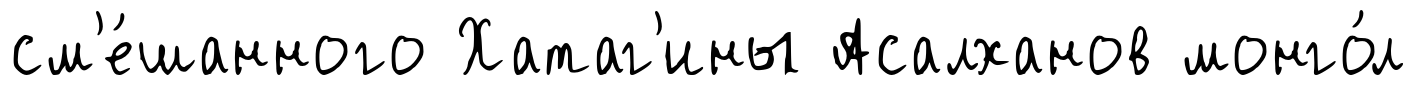
см'е́шанного Хатаг'ины Асалханов монго́л